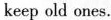
keep old ones.